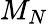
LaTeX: M_{N}